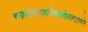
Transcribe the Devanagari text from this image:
वक्तव्यादानगमनविसर्गानन्दात्मने